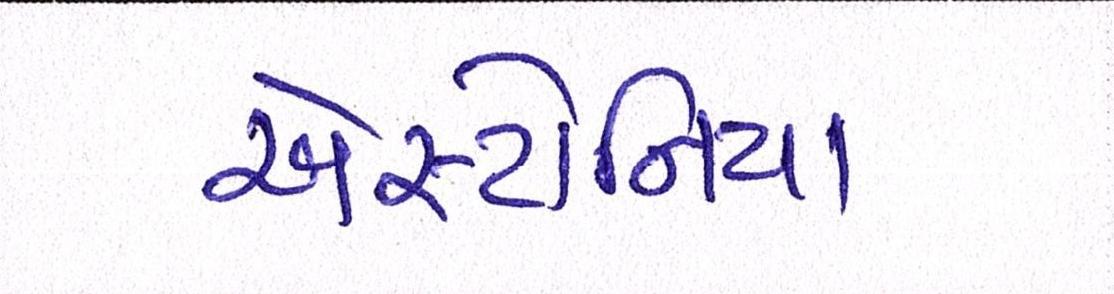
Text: એસ્ટોનિયા